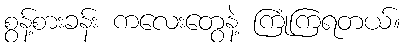
စွန့်စားခန်း ကလေးတွေနဲ့ ကြုံကြရတယ်။